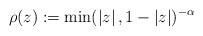
LaTeX: \begin{align*}\rho(z):= \min( \left\vert z \right\vert, 1 - \left\vert z \right\vert)^{ -\alpha}\end{align*}